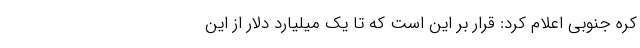
کره جنوبی اعلام کرد: قرار بر این است که تا یک میلیارد دلار از این